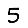
Digit: 5